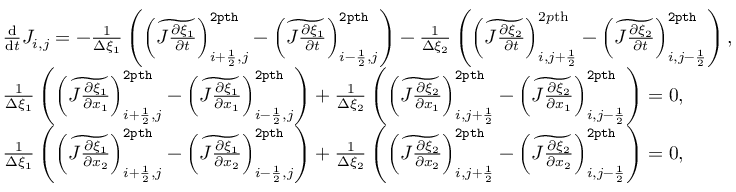
\begin{array} { r l } & { \frac { \mathrm { d } } { \mathrm { d } t } J _ { i , j } = - \frac { 1 } { \Delta \xi _ { 1 } } \left( \left( \widetilde { J \frac { \partial \xi _ { 1 } } { \partial t } } \right) _ { i + \frac { 1 } { 2 } , j } ^ { \tt 2 p t h } - \left( \widetilde { J \frac { \partial \xi _ { 1 } } { \partial t } } \right) _ { i - \frac { 1 } { 2 } , j } ^ { \tt 2 p t h } \right) - \frac { 1 } { \Delta \xi _ { 2 } } \left( \left( \widetilde { J \frac { \partial \xi _ { 2 } } { \partial t } } \right) _ { i , j + \frac { 1 } { 2 } } ^ { 2 p \mathrm { t h } } - \left( \widetilde { J \frac { \partial \xi _ { 2 } } { \partial t } } \right) _ { i , j - \frac { 1 } { 2 } } ^ { \tt 2 p t h } \right) , } \\ & { \frac { 1 } { \Delta \xi _ { 1 } } \left( \left( \widetilde { J \frac { \partial \xi _ { 1 } } { \partial x _ { 1 } } } \right) _ { i + \frac { 1 } { 2 } , j } ^ { { \tt 2 p t h } } - \left( \widetilde { J \frac { \partial \xi _ { 1 } } { \partial x _ { 1 } } } \right) _ { i - \frac { 1 } { 2 } , j } ^ { { \tt 2 p t h } } \right) + \frac { 1 } { \Delta \xi _ { 2 } } \left( \left( \widetilde { J \frac { \partial \xi _ { 2 } } { \partial x _ { 1 } } } \right) _ { i , j + \frac { 1 } { 2 } } ^ { { \tt 2 p t h } } - \left( \widetilde { J \frac { \partial \xi _ { 2 } } { \partial x _ { 1 } } } \right) _ { i , j - \frac { 1 } { 2 } } ^ { { \tt 2 p t h } } \right) = 0 , } \\ & { \frac { 1 } { \Delta \xi _ { 1 } } \left( \left( \widetilde { J \frac { \partial \xi _ { 1 } } { \partial x _ { 2 } } } \right) _ { i + \frac { 1 } { 2 } , j } ^ { { \tt 2 p t h } } - \left( \widetilde { J \frac { \partial \xi _ { 1 } } { \partial x _ { 2 } } } \right) _ { i - \frac { 1 } { 2 } , j } ^ { { \tt 2 p t h } } \right) + \frac { 1 } { \Delta \xi _ { 2 } } \left( \left( \widetilde { J \frac { \partial \xi _ { 2 } } { \partial x _ { 2 } } } \right) _ { i , j + \frac { 1 } { 2 } } ^ { { \tt 2 p t h } } - \left( \widetilde { J \frac { \partial \xi _ { 2 } } { \partial x _ { 2 } } } \right) _ { i , j - \frac { 1 } { 2 } } ^ { { \tt 2 p t h } } \right) = 0 , } \end{array}